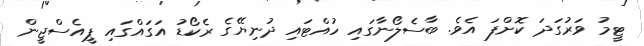
ޓީމު ވަރުގަދަ ކޮށްފަ އެވެ. ބާސެލޯނާގައި ހުއްޓައި ދުނިޔޭގެ ރެކޯޑު އަގައްގައި ޕީއެސްޖީން